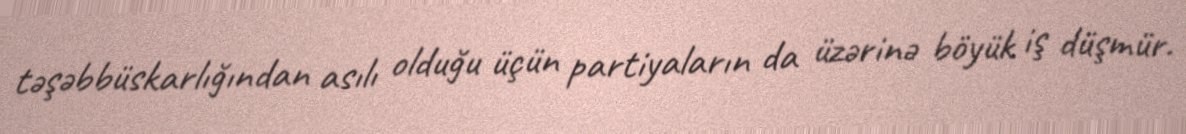
təşəbbüskarlığından asılı olduğu üçün partiyaların da üzərinə böyük iş düşmür.